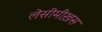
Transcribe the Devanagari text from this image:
लेसीमीख़स